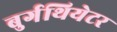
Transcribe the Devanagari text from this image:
बुर्गथियेटर